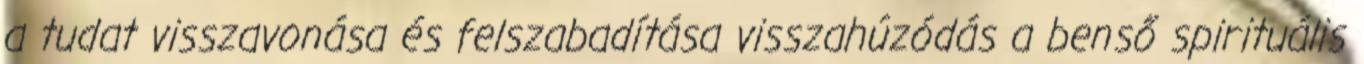
a tudat visszavonása és felszabadítása visszahúzódás a benső spirituális